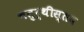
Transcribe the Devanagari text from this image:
चतुर्थीस्तव